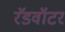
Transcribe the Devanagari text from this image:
रॅडवॉटर